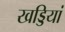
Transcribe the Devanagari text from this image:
खड्डियां